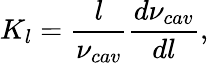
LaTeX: K_{l}=\frac{l}{\nu_{cav}}\frac{d\nu_{cav}}{dl},